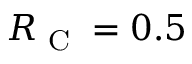
R _ { \textrm { C } } = 0 . 5